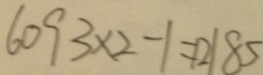
6 0 9 3 \times 2 - 1 = 1 2 1 8 5